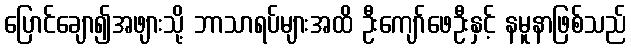
ပြောင်ချော၍အဖျားသို့ ဘာသာရပ်များအထိ ဦးကျော်ဖေဦးနှင့် နမူနာဖြစ်သည်